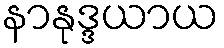
နာနုဒ္ဒယာယ